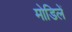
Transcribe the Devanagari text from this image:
मोडिलें